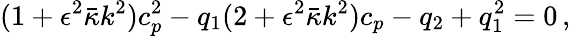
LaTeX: (1+\epsilon^{2}\bar{\kappa}k^{2})c_{p}^{2}-q_{1}(2+\epsilon^{2}\bar{\kappa}k^{2})c_{p}-q_{2}+q_{1}^{2}=0\, ,